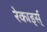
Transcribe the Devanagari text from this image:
रेकार्ड्स्